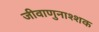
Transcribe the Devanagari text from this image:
जीवाणुनाश्शक